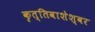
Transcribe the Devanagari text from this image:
कृत्तिवाशेश्वर